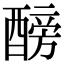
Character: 𨢐